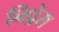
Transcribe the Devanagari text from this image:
निद्रेस